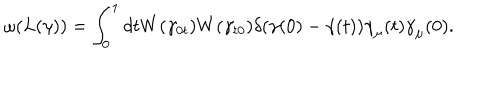
LaTeX: \omega ( L ( \gamma ) ) = \int _ { 0 } ^ { 1 } d t W ( \gamma _ { 0 t } ) W ( \gamma _ { t 0 } ) \delta ( \gamma ( 0 ) - \gamma ( t ) ) \dot { \gamma } _ { \mu } ( t ) \dot { \gamma } _ { \mu } ( 0 ) .